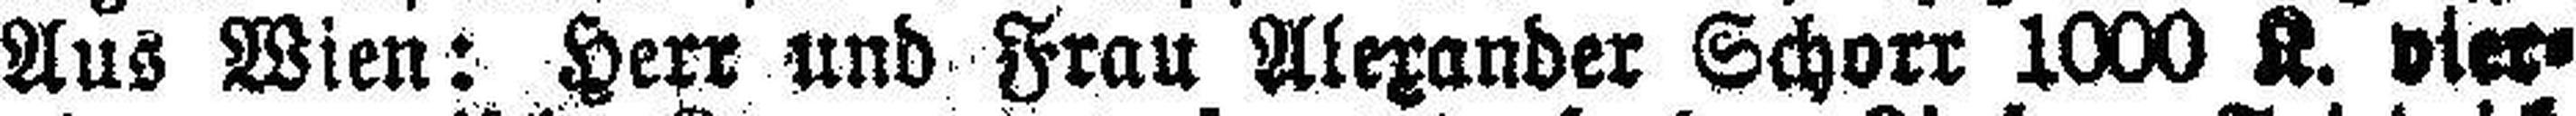
Aus Wien: Herr und Frau Alexander Schorr 1000 K. vier¬